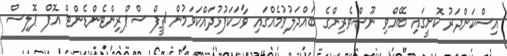
އިސްކަންދަރު ކޮށީގައި ބޭއްވި ނޫސްވެރިންގެ ބައްދަލުވުމެއްގައި ވާހަކަފުޅުދައްކަވަމުން ޗީފް ސްޕްރިންޓެންޑެންޓް އޮފް ޕޮލިސް